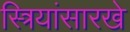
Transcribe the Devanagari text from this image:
स्त्रियांसारखे